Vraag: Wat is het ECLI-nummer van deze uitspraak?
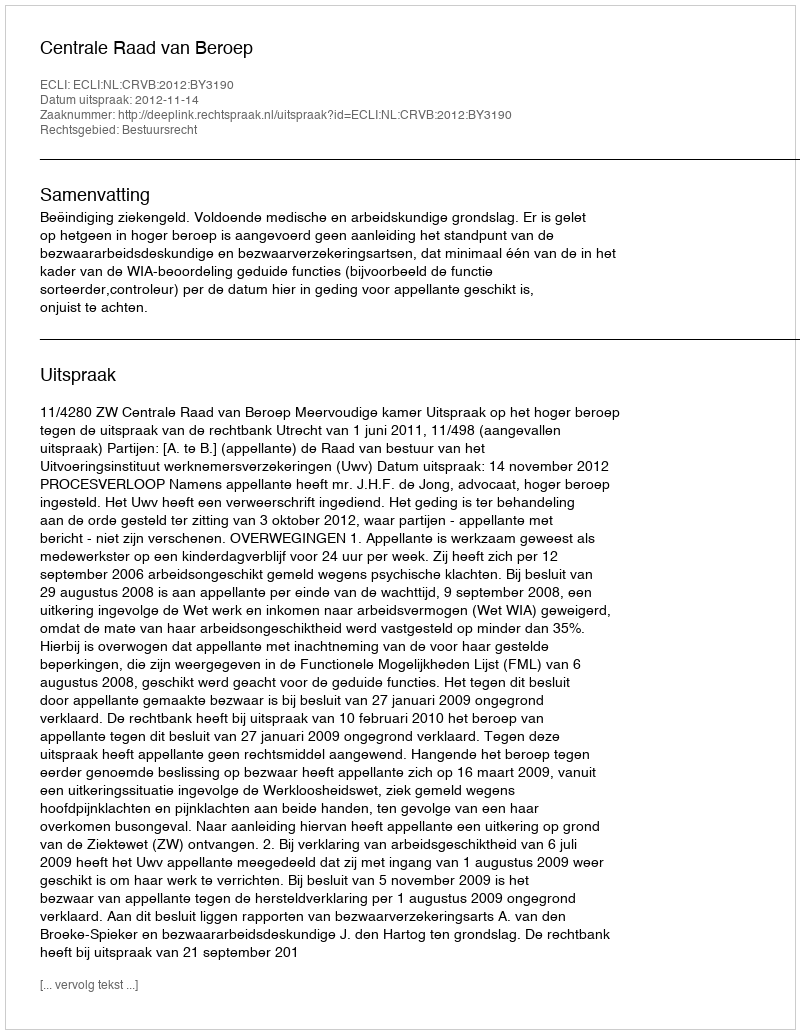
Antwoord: ECLI:NL:CRVB:2012:BY3190